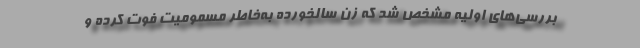
بررسی‌های اولیه مشخص شد که زن سالخورده به‌خاطر مسمومیت فوت کرده و